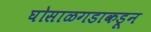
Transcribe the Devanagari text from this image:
घोसाळगडाकडून